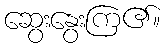
ဆွေးနွေးကြ၏။